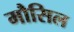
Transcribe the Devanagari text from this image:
मौसिल